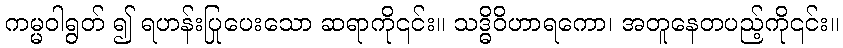
ကမ္မဝါရွတ် ၍ ရဟန်းပြုပေးသော ဆရာကို၎င်း။ သဒ္ဓိဝိဟာရကော၊ အတူနေတပည့်ကို၎င်း။